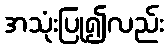
အသုံးပြု၍လည်း